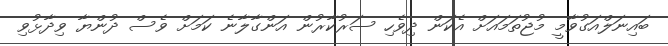
ބައިނަލްއަގުވާމީ މުޖުތަމައަށް އެކަން ދިވެހި ސަރުކާރުން އަންގާލާނެ ކަމަށް ވެސް ދުންޔާ ވިދާޅުވި